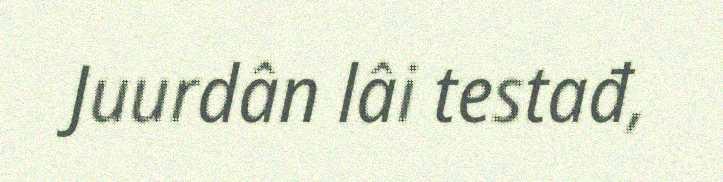
Juurdân lâi testađ,